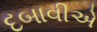
દબાવીએ